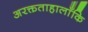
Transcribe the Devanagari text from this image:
अरक्तताहालाँकि